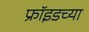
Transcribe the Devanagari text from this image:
फ्राॅइडच्या